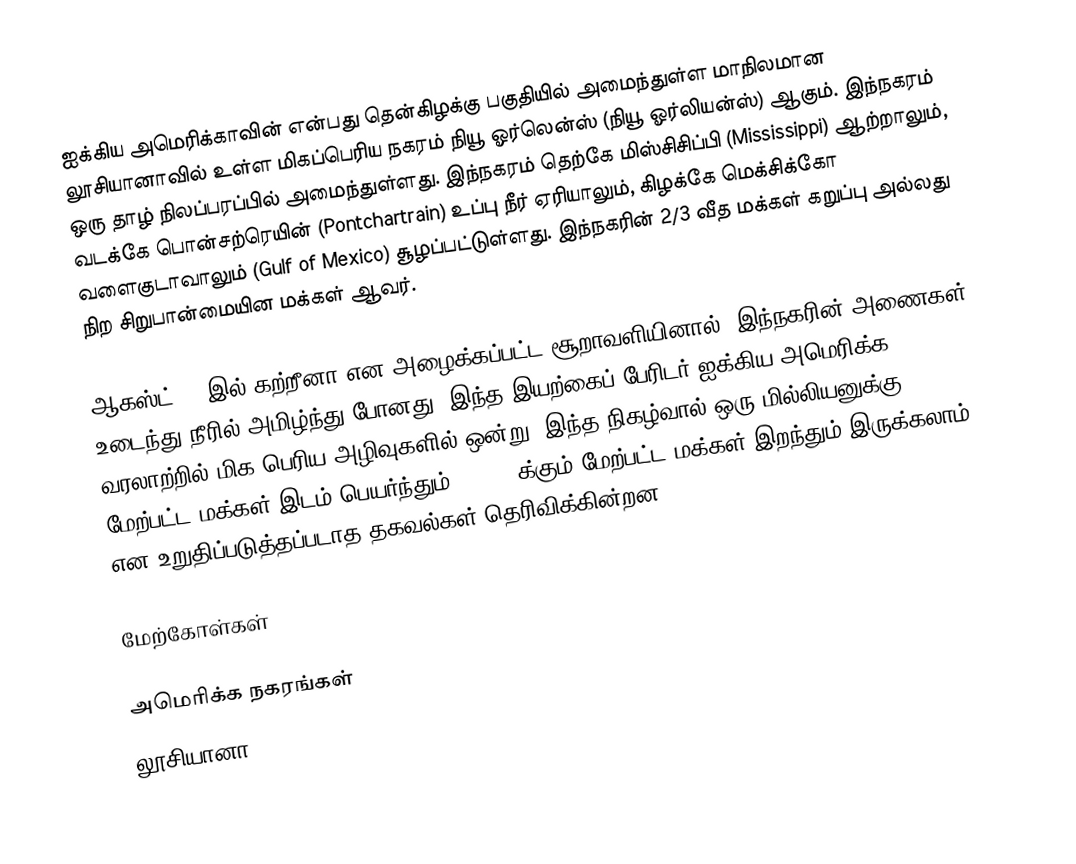
ஐக்கிய அமெரிக்காவின் என்பது தென்கிழக்கு பகுதியில் அமைந்துள்ள மாநிலமான லூசியானாவில் உள்ள மிகப்பெரிய நகரம் நியூ ஓர்லென்ஸ் (நியூ ஓர்லியன்ஸ்) ஆகும். இந்நகரம் ஒரு தாழ் நிலப்பரப்பில் அமைந்துள்ளது. இந்நகரம் தெற்கே மிஸ்சிசிப்பி (Mississippi) ஆற்றாலும், வடக்கே பொன்சற்ரெயின் (Pontchartrain) உப்பு நீர் ஏரியாலும், கிழக்கே மெக்சிக்கோ வளைகுடாவாலும் (Gulf of Mexico) சூழப்பட்டுள்ளது. இந்நகரின் 2/3 வீத மக்கள் கறுப்பு அல்லது நிற சிறுபான்மையின மக்கள் ஆவர்.

ஆகஸ்ட் 29 இல் கற்றீனா என அழைக்கப்பட்ட சூறாவளியினால், இந்நகரின் அணைகள் உடைந்து நீரில் அமிழ்ந்து போனது. இந்த இயற்கைப் பேரிடர் ஐக்கிய அமெரிக்க வரலாற்றில் மிக பெரிய அழிவுகளில் ஒன்று. இந்த நிகழ்வால் ஒரு மில்லியனுக்கு மேற்பட்ட மக்கள் இடம் பெயர்ந்தும், 10 000க்கும் மேற்பட்ட மக்கள் இறந்தும் இருக்கலாம் என உறுதிப்படுத்தப்படாத தகவல்கள் தெரிவிக்கின்றன.

மேற்கோள்கள்

அமெரிக்க நகரங்கள்
லூசியானா